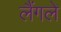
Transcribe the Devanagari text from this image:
लैंगले